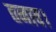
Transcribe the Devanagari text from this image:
तनाव।